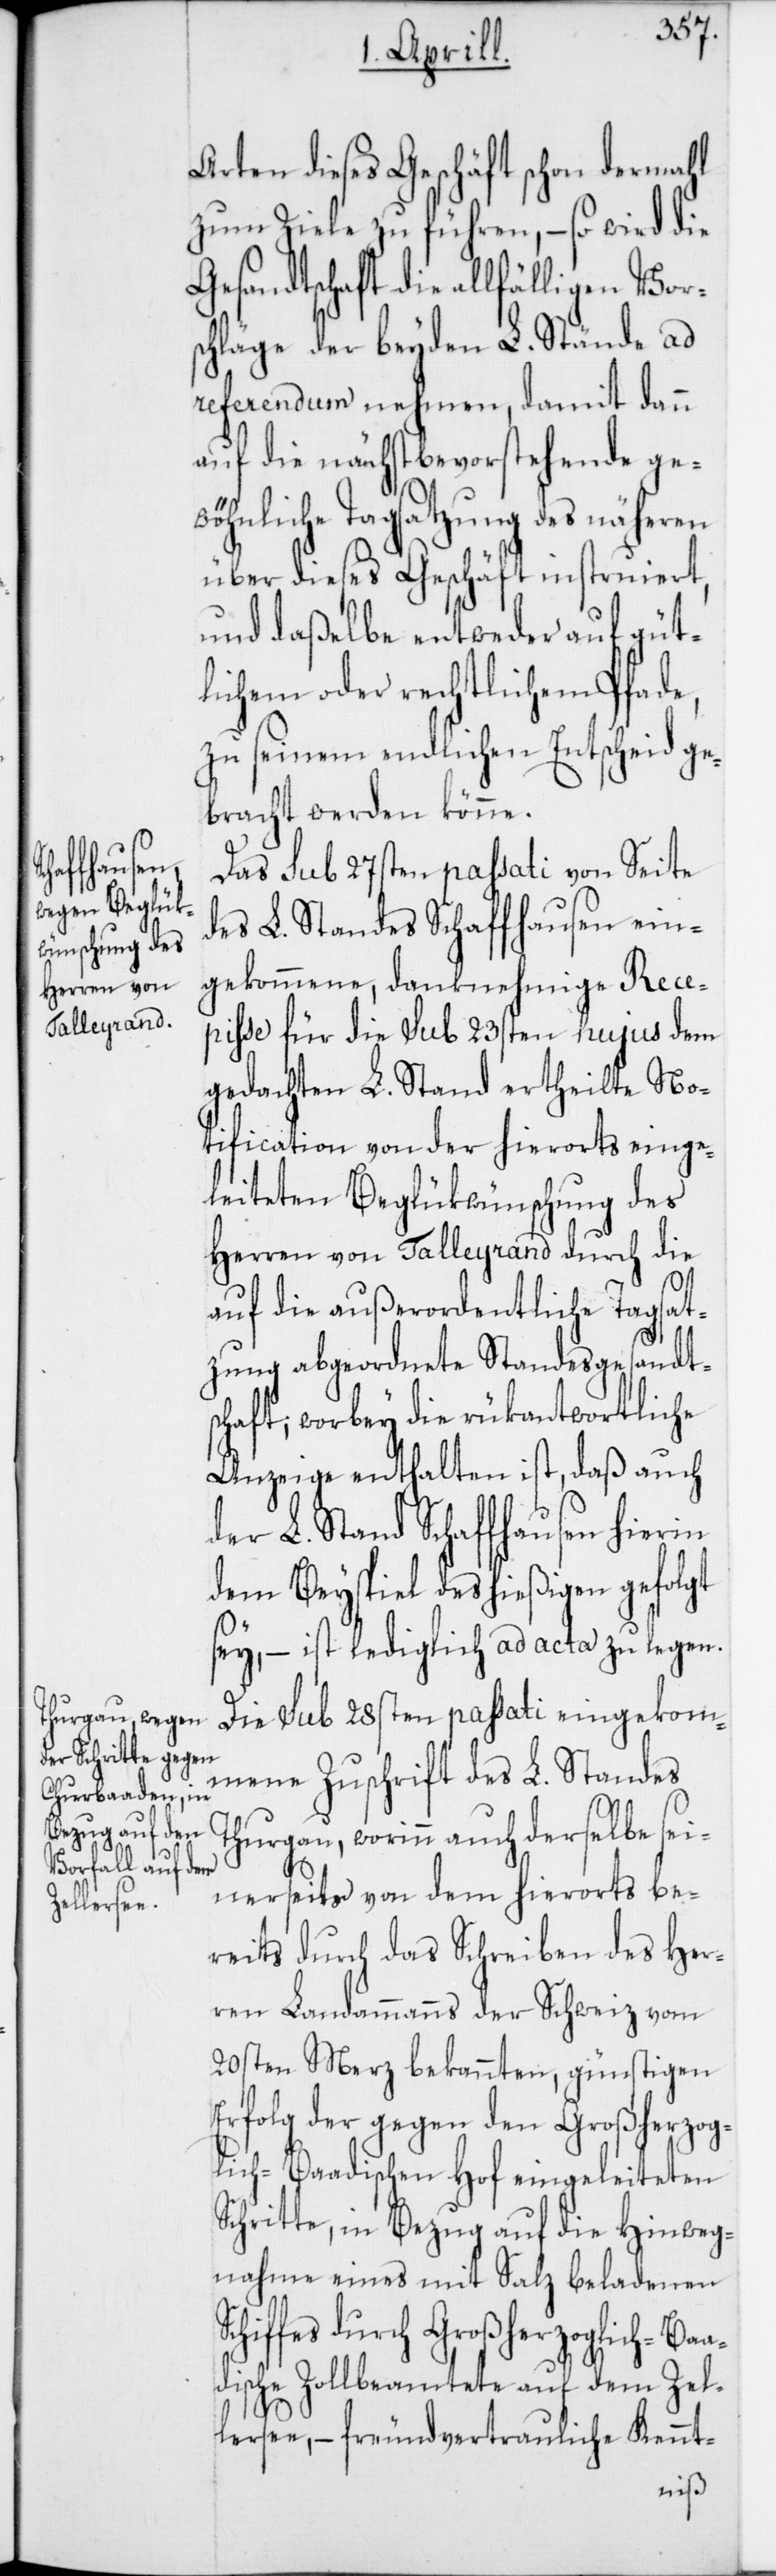
Arten dieses Geschäfts schon dermahl
zum Ziele zu führen, – so wird die
Gesandtschaft die allfähligen Vor¬
schläge der beyden L. Stände ad
referendum nehmen, damit dann
auf die nächst bevorstehende ge¬
wöhnliche Tagsatzung des näheren
über dieses Geschäft instruiert,
und daßelbe entweder auf güt¬
lichem oder rechtlichem Pfade,
zu seinem endlichen Entscheid ge¬
bracht werden könne.
Das sub 27sten passati von Seite
des L. Standes Schaffhausen ein¬
gekommene, danknehmige Rece¬
piße für die sub 23sten hujus dem
gedachten L. Stand ertheilte No¬
tification von der hierorts einge¬
leiteten Beglükwünschung des
Herren von Talleyrand durch die
auf die außerordentliche Tagsat¬
zung abgeordnete Standesgesandt¬
schaft; wobey die rükantwortliche
Anzeige enthalten ist, daß auch
der L. Stand Schaffhausen hierin
dem Beyspiel des hießigen gefolgt
sey, – ist lediglich ad acta zu legen.
Die sub 28sten passati eingekom¬
mene Zuschrift des L. Standes
Thurgau, worinn auch derselbe sei¬
nerseits von dem hierorts be¬
reits durch das Schreiben des Her¬
ren Landammanns der Schweiz vom
20sten Merz bekannten, günstigen
Erfolg der gegen den Großherzog¬
lich-Baadischen Hof eingeleiteten
Schritte, in Bezug auf die Hinweg¬
nahme eines mit Salz beladenen
Schiffes durch Großherzoglich-Baa¬
dische Zollbeamtete auf dem Zel¬
lersee, – freundvertrauliche Kennt-